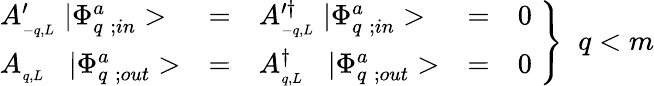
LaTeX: \left.{\begin{array}{lclcl}{{A_{_{-q,L}}^{\prime}\; |\Phi_{q\; ;in}^{a}>}}&{{=}}&{{A_{_{-q,L}}^{\prime\dagger}\; |\Phi_{q\; ;in}^{a}>}}&{{=}}&{{0}}\\ {{A_{_{q,L}}\; \; \; |\Phi_{q\; ;out}^{a}>}}&{{=}}&{{A_{_{q,L}}^{\dagger}\; \; \; |\Phi_{q\; ;out}^{a}>}}&{{=}}&{{0}}\end{array}}\; \right\} \; \; q<m